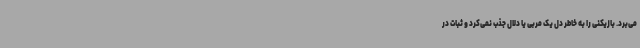
می‌برد. بازیکنی را به خاطر دل یک مربی یا دلال جذب نمی‌کرد و ثبات در